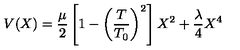
V ( X ) = { \frac { \mu } { 2 } } \left[ 1 - \left( { \frac { T } { T _ { 0 } } } \right) ^ { 2 } \right] X ^ { 2 } + { \frac { \lambda } { 4 } } X ^ { 4 }